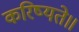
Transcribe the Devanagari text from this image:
करिष्यते॥